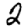
Digit: 2